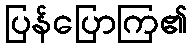
ပြန်ပြောကြ၏